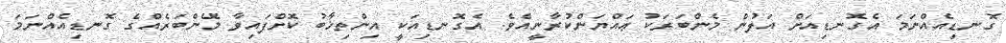
ގޮނޑިއެއްނަމަ އެގޮނޑިއަށް އަލުން މެންބަރަކު ޢައްޔަންކުރާނީއެވެ. އެގޮނޑިއަކީ އިންތިޚާބު ކޮށްފައިވާ މެންބަރެއްގެ ގޮނޑިއެއްނަމަ